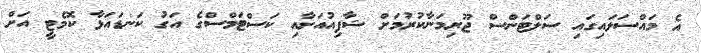
އެ މައްސަލައިގައި ސަލްޓަންސް ޖޫރިމަނާކުރުމަށް ޝާފިއުއަށާއި ކަސްޓަމްސްގެ އަގު ކަނޑައަޅާ ކޮމެޓީ އަށް